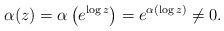
LaTeX: \begin{align*}\alpha(z) = \alpha\left(e^{\log z} \right) = e^{ \alpha\left( \log z\right) } \neq 0. \end{align*}